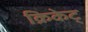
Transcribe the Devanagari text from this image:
क्रिकेट्